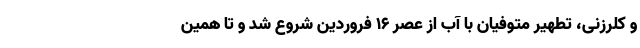
و کلرزنی، تطهیر متوفیان با آب از عصر ۱۶ فروردین شروع شد و تا همین